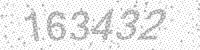
Solution: 163432